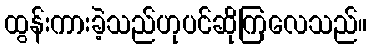
ထွန်းကားခဲ့သည်ဟုပင်ဆိုကြလေသည်။